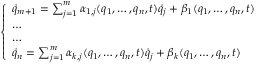
\left\{ \begin{array} { l l } { { \dot { q } } _ { m + 1 } = \sum _ { j = 1 } ^ { m } \alpha _ { 1 , j } ( q _ { 1 } , \dots , q _ { n } , t ) { \dot { q } } _ { j } + \beta _ { 1 } ( q _ { 1 } , \dots , q _ { n } , t ) } \\ { \dots } \\ { \dots } \\ { { \dot { q } } _ { n } = \sum _ { j = 1 } ^ { m } \alpha _ { k , j } ( q _ { 1 } , \dots , q _ { n } , t ) { \dot { q } } _ { j } + \beta _ { k } ( q _ { 1 } , \dots , q _ { n } , t ) } \end{array} \right.